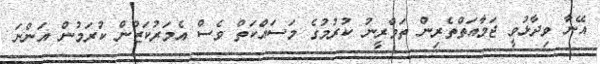
އޭނާ ވިދާޅުވީ ޖަމާއަތްތެރިން ތަމްރީނު ކުރުމުގެ މަސައްކަތް ވެސް އެމަރުކަޒުން ކުރަމުން އަންނަ